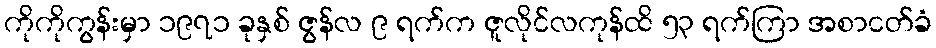
ကိုကိုကွန်းမှာ ၁၉၇၁ ခုနှစ် ဇွန်လ ၉ ရက်က ဇူလိုင်လကုန်ထိ ၅၃ ရက်ကြာ အစာငတ်ခံ